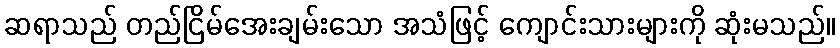
ဆရာသည် တည်ငြိမ်အေးချမ်းသော အသံဖြင့် ကျောင်းသားများကို ဆုံးမသည်။